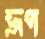
ভ্রূণ